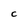
Character: C